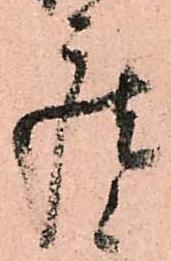
座